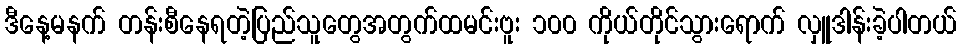
ဒီနေ့မနက် တန်းစီနေရတဲ့ပြည်သူတွေအတွက်ထမင်းဗူး ၁၀၀ ကိုယ်တိုင်သွားရောက် လှူဒါန်းခဲ့ပါတယ်